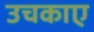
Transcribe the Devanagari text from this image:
उचकाए